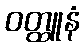
ဝတ္ထူနံ